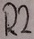
Text: R2